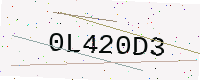
Text: 0L420D3